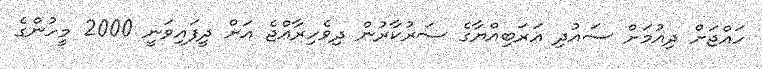
ހައްޖަށް ދިއުމަށް ސައުދި އަރަބިއްޔާގެ ސަރުކާރުން ދިވެހިރާއްޖެ އަށް ދީފައިވަނީ 2000 މީހުންގެ